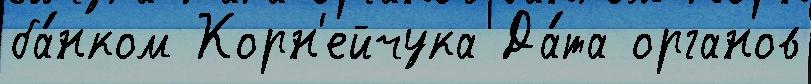
ба́нком Корн'ейчука Да́та органов